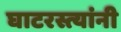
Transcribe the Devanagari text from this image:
घाटरस्त्यांनी